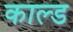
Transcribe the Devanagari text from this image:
काल्ड